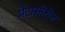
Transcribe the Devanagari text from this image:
मेटासीरीज